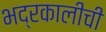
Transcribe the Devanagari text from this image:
भद्रकालीची